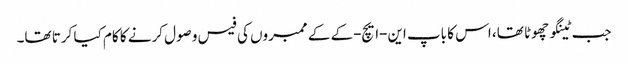
جب ٹینگو چھوٹا تھا، اس کا باپ این-ایچ-کے کے ممبروں کی فیس وصول کرنے کا کام کیا کرتا تھا۔